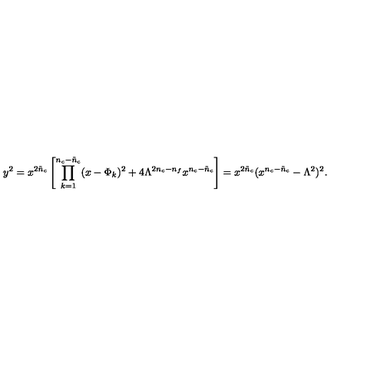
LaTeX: y ^ { 2 } = x ^ { 2 \tilde { n } _ { c } } \left[ \prod _ { k = 1 } ^ { n _ { c } - \tilde { n } _ { c } } ( x - \Phi _ { k } ) ^ { 2 } + 4 \Lambda ^ { 2 n _ { c } - n _ { f } } x ^ { n _ { c } - \tilde { n } _ { c } } \right] = x ^ { 2 { \tilde { n } } _ { c } } ( x ^ { n _ { c } - { \tilde { n } } _ { c } } - \Lambda ^ { 2 } ) ^ { 2 } .